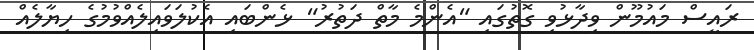
ރައީސް މައުމޫން ވިދާޅުވި ގޮތުގައި "އެންމެ މާތް ދަތުރު" ޅެންބައި އެކުލަވައިލެއްވުމުގެ ހިޔާލެއް